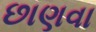
છાણવા